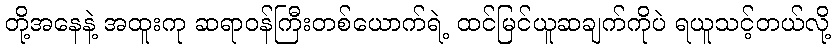
တို့အနေနဲ့ အထူးကု ဆရာဝန်ကြီးတစ်ယောက်ရဲ့ ထင်မြင်ယူဆချက်ကိုပဲ ရယူသင့်တယ်လို့